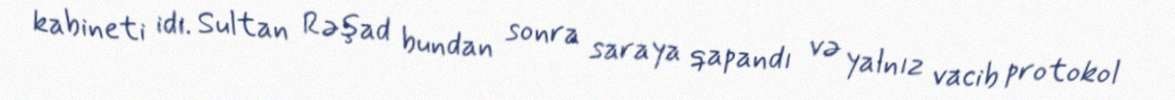
kabineti idi. Sultan Rəşad bundan sonra saraya qapandı və yalnız vacib protokol